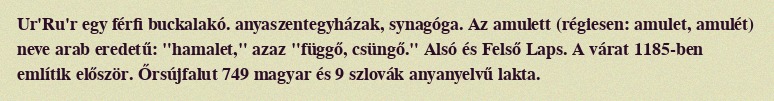
Ur'Ru'r egy férfi buckalakó. anyaszentegyházak, synagóga. Az amulett (régiesen: amulet, amulét) neve arab eredetű: "hamalet," azaz "függő, csüngő." Alsó és Felső Laps. A várat 1185-ben említik először. Őrsújfalut 749 magyar és 9 szlovák anyanyelvű lakta.